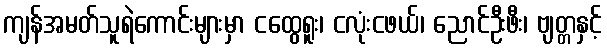
ကျန်အမတ်သူရဲကောင်းများမှာ ငထွေရူး၊ ငလုံးငဖယ်၊ ညောင်ဦးဖီး၊ ဗျတ္တနှင့်